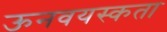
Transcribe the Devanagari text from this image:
ऊनवयस्कता